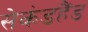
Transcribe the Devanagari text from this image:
सेकंडहैंड